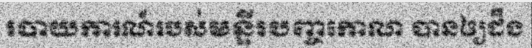
របាយការណ៍របស់មន្ទីរបញ្ចកោណ បានឲ្យដឹង